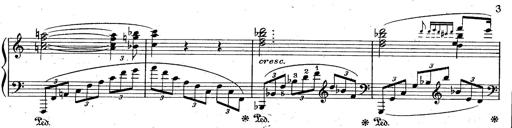
Title: God Save the Queen
Composer: Charles LÃ©on Hess
Key: A major